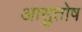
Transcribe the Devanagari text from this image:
आसुतोष